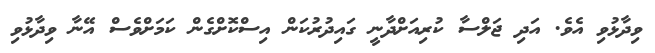
ވިދާޅުވި އެވެ. އަދި ޖަލްސާ ކުރިއަށްދާނީ ގައިދުރުކަން އިސްކޮށްގެން ކަމަށްވެސް އޭނާ ވިދާޅުވި